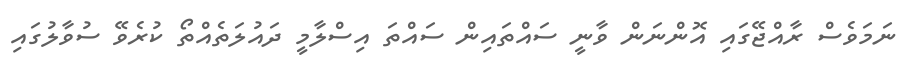
ނަމަވެސް ރާއްޖޭގައި އޮންނަން ވާނީ ސައްތައިން ސައްތަ އިސްލާމީ ދައުލަތެއްތޯ ކުރެވޭ ސުވާލުގައި